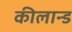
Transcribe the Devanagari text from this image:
कीलान्ड